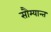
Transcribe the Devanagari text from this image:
सौम्यान्त